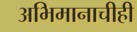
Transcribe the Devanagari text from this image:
अभिमानाचीही